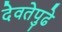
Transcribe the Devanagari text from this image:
देवतेपुढे